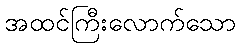
အထင်ကြီးလောက်သော